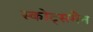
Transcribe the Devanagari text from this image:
स्कोट्समैन